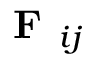
\textbf { F } _ { i j }